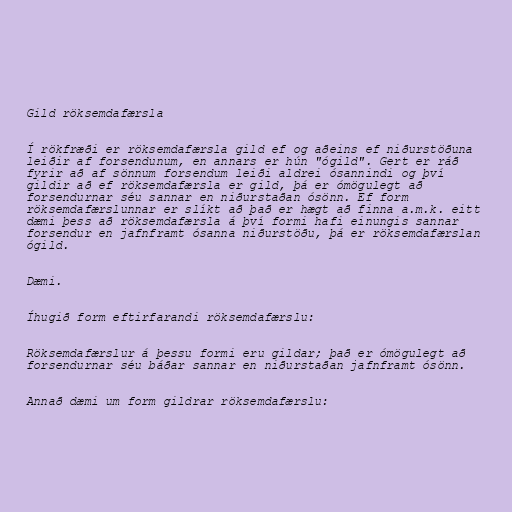
Gild röksemdafærsla

Í rökfræði er röksemdafærsla gild ef og aðeins ef niðurstöðuna
leiðir af forsendunum, en annars er hún "ógild". Gert er ráð
fyrir að af sönnum forsendum leiði aldrei ósannindi og því
gildir að ef röksemdafærsla er gild, þá er ómögulegt að
forsendurnar séu sannar en niðurstaðan ósönn. Ef form
röksemdafærslunnar er slíkt að það er hægt að finna a.m.k. eitt
dæmi þess að röksemdafærsla á því formi hafi einungis sannar
forsendur en jafnframt ósanna niðurstöðu, þá er röksemdafærslan
ógild.

Dæmi.

Íhugið form eftirfarandi röksemdafærslu:

Röksemdafærslur á þessu formi eru gildar; það er ómögulegt að
forsendurnar séu báðar sannar en niðurstaðan jafnframt ósönn.

Annað dæmi um form gildrar röksemdafærslu: